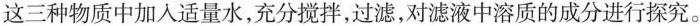
这三种物质中加入适量水，充分搅拌，过滤，对滤液中溶质的成分进行探究。